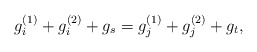
\begin{align*}g_i^{(1)}+g_i^{(2)}+g_s=g_j^{(1)}+g_j^{(2)}+g_t,\end{align*}